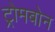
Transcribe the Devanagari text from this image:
ट्रोमबोन